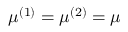
\mu ^ { ( 1 ) } = \mu ^ { ( 2 ) } = \mu